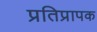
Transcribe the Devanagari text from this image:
प्रतिप्रापक